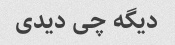
دیگه چی دیدی